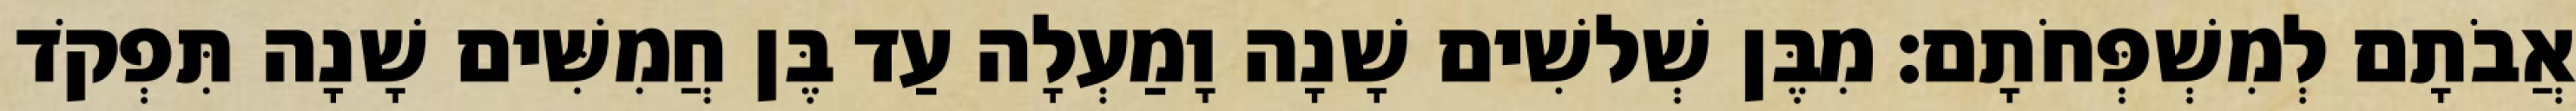
אֲבֹתָם לְמִשְׁפְּחֹתָם׃ מִבֶּן שְׁלשִׁים שָׁנָה וָמַעְלָה עַד בֶּן חֲמִשִּׁים שָׁנָה תִּפְקֹד